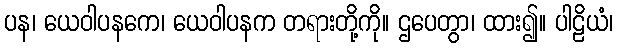
ပန၊ ယေဝါပနကေ၊ ယေဝါပနက တရားတို့ကို။ ဌပေတွာ၊ ထား၍။ ပါဠိယံ၊